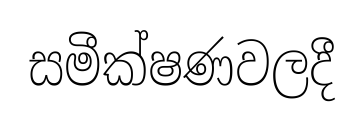
සමීක්ෂණවලදී